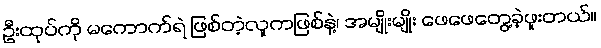
ဦးထုပ်ကို မကောက်ရဲ ဖြစ်တဲ့လူကဖြစ်နဲ့၊ အမျိုးမျိုး ဖေဖေတွေ့ခဲ့ဖူးတယ်။